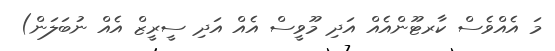
މަ އެއްވެސް ކާރޓޫންއެއް އަދި މޫވީސް އެއް އަދި ސީރީޒް އެއް ނުބަލަން)